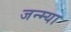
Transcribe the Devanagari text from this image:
जन्म्या